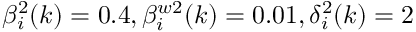
\beta _ { i } ^ { 2 } ( k ) = 0 . 4 , \beta _ { i } ^ { w 2 } ( k ) = 0 . 0 1 , \delta _ { i } ^ { 2 } ( k ) = 2